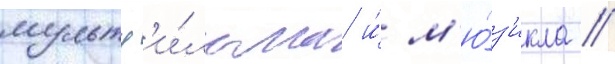
мультф'и́льма и́ м'ю́з'икла //